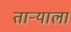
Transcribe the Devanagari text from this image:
ताऱ्‍याला